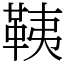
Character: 䩟